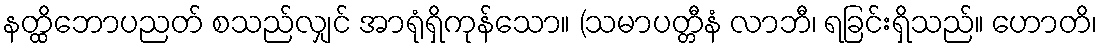
နတ္ထိဘောပညတ် စသည်လျှင် အာရုံရှိကုန်သော။ (သမာပတ္တီနံ လာဘီ၊ ရခြင်းရှိသည်။ ဟောတိ၊